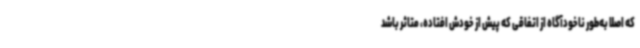
که اصلا به‌طور ناخودآگاه از اتفاقی که پیش از خودش افتاده، متاثر باشد